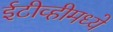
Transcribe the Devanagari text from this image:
ईटीव्हीमध्ये